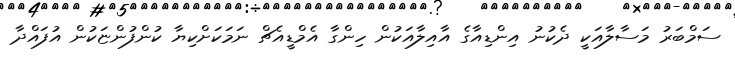
ސަމްބަރު މަސާލާއަކީ ދެކުނު އިންޑިއާގެ އާއިލާއަކުން ހިންގާ އެމްޑީއެޗް ނަމަކަށްކިޔާ ކުންފުންޏަކުން އުފައްދާ